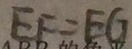
E F = E G